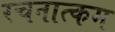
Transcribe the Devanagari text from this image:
रचनात्‍कम